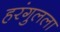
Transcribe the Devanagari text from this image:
हरंगुलला